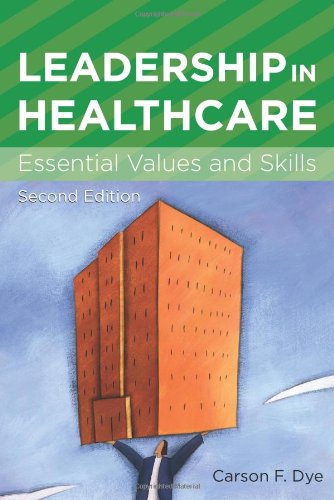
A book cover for Leadership in Healthcare: Essential Values and Skills (American College of Healthcare Executives Management Series); Carson F. Dye; Medical Books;